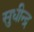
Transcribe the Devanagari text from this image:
सुधीन्द्र